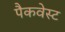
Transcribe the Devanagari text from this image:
पैकवेस्ट